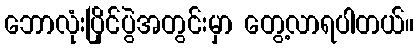
ဘောလုံးပြိုင်ပွဲအတွင်းမှာ တွေ့လာရပါတယ်။